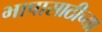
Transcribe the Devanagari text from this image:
भाषासाठीच्या